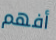
أفهم